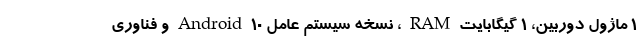
1 ماژول دوربین، 1 گیگابایت RAM ، نسخه سیستم عامل Android 10 و فناوری